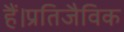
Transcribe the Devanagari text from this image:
हैं।प्रतिजैविक